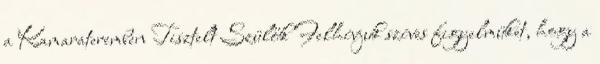
a Kamarateremben Tisztelt Szülők Felhívjuk szíves figyelmüket, hogy a